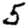
Digit: 5